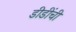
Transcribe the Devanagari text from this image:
डीडींची